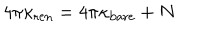
4 \pi \kappa _ { \mathrm { r e n } } = 4 \pi \kappa _ { \mathrm { b a r e } } + N